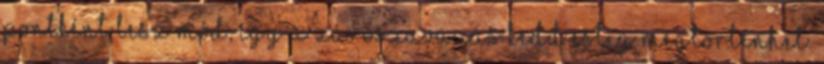
pontként lesz mód, így a zárószavazás kedd estig megtörténhet.